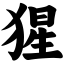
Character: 猩